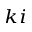
_ { k i }